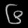
Digit: ၆